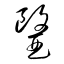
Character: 醫